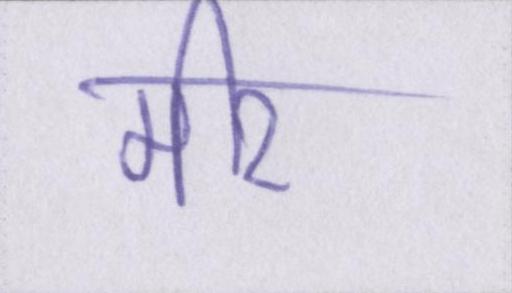
मीर